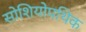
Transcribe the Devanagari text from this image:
सोशियोपथिक